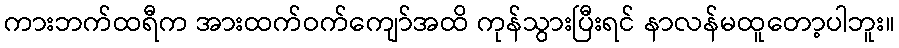
ကားဘက်ထရီက အားထက်ဝက်ကျော်အထိ ကုန်သွားပြီးရင် နာလန်မထူတော့ပါဘူး။